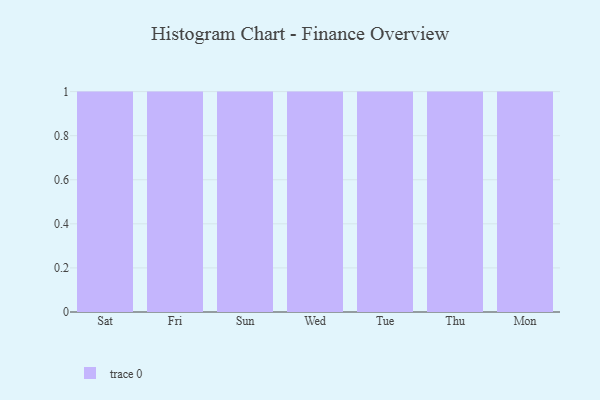
{"axis": {"x": "Day", "y": "Population (Million)"}, "legend": [""], "data": [{"x": "Sat", "y": 28, "type": ""}, {"x": "Fri", "y": 13, "type": ""}, {"x": "Sun", "y": 77, "type": ""}, {"x": "Wed", "y": 92, "type": ""}, {"x": "Tue", "y": 56, "type": ""}, {"x": "Thu", "y": 35, "type": ""}, {"x": "Mon", "y": 26, "type": ""}]}